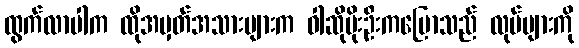
ထွက်လာပါက ထိုအမှတ်အသားများက ဝါဆိုမိုးဦးကပြောသည် လုပ်များကို